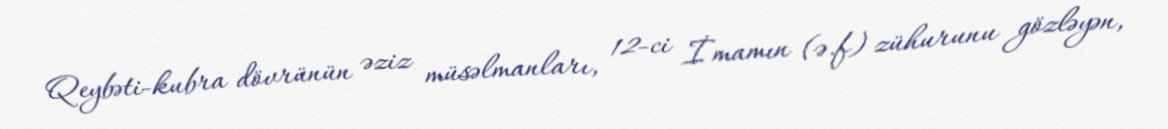
Qeybəti-kubra dövrünün əziz müsəlmanları, 12-ci İmamın (ə.f) zühurunu gözləyən,